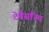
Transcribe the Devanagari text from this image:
टेनैसरिम